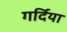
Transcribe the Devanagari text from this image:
गर्दिया